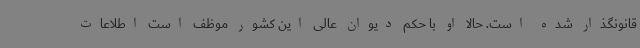
قانونگذار شده است. حالا او با حکم دیوان عالی این کشور موظف است اطلاعات